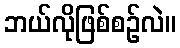
ဘယ်လိုဖြစ်စဉ်လဲ။